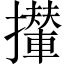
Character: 攆